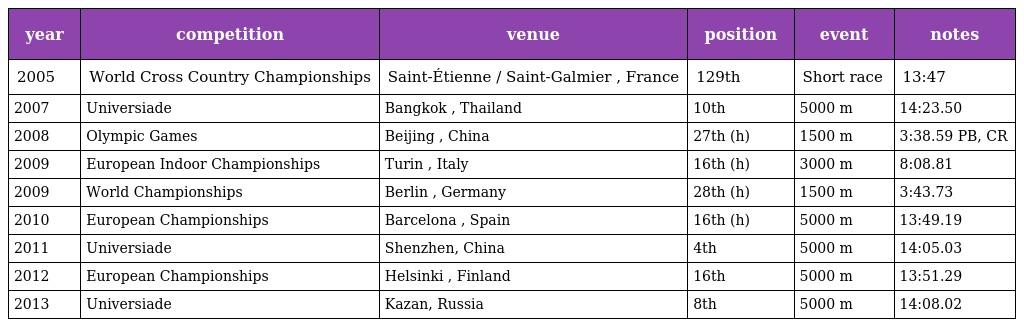
| year | competition | venue | position | event | notes |
 | --- | --- | --- | --- | --- | --- |
 | 2005 | World Cross Country Championships | Saint-Étienne / Saint-Galmier , France | 129th | Short race | 13:47 |
 | 2007 | Universiade | Bangkok , Thailand | 10th | 5000 m | 14:23.50 |
 | 2008 | Olympic Games | Beijing , China | 27th (h) | 1500 m | 3:38.59 PB, CR |
 | 2009 | European Indoor Championships | Turin , Italy | 16th (h) | 3000 m | 8:08.81 |
 | 2009 | World Championships | Berlin , Germany | 28th (h) | 1500 m | 3:43.73 |
 | 2010 | European Championships | Barcelona , Spain | 16th (h) | 5000 m | 13:49.19 |
 | 2011 | Universiade | Shenzhen, China | 4th | 5000 m | 14:05.03 |
 | 2012 | European Championships | Helsinki , Finland | 16th | 5000 m | 13:51.29 |
 | 2013 | Universiade | Kazan, Russia | 8th | 5000 m | 14:08.02 |